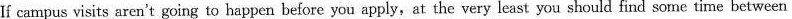
If campus visits aren't going to happen before you apply,at the very least you should find some time between